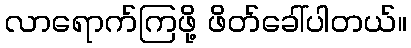
လာရောက်ကြဖို့ ဖိတ်ခေါ်ပါတယ်။